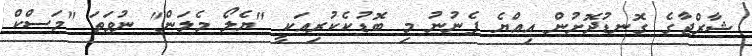
ޝާރްޖާގެ ގޮނޑުދޮށުން އިއްޔެ ފެނުނު މި ބޮޑުކެކުރިއަކީ "ޔެލޯ މެލަން" ނުވަތަ "މަސްކް